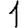
Digit: 1